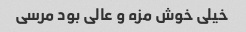
خیلی خوش مزه و عالی بود مرسی